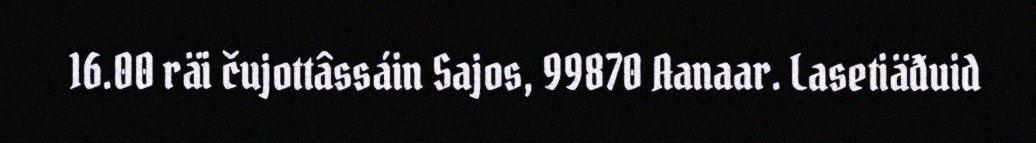
16.00 räi čujottâssáin Sajos, 99870 Aanaar. Lasetiäđuid